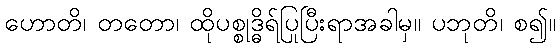
ဟောတိ၊ တတော၊ ထိုပစ္စုဒ္ဓိရ်ပြုပြီးရာအခါမှ။ ပဘုတိ၊ စ၍။